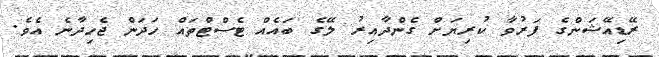
ރޭޑިއޭޝަންގެ ފަރުވާ ކުރިޔަށް ގެންދާއިރު ލޭގެ ބައެއް ޓެސްޓްތައް ހަދަން ޖެހިދާނެ އެވެ.